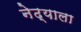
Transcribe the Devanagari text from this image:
नेढ्याला